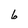
Character: 6